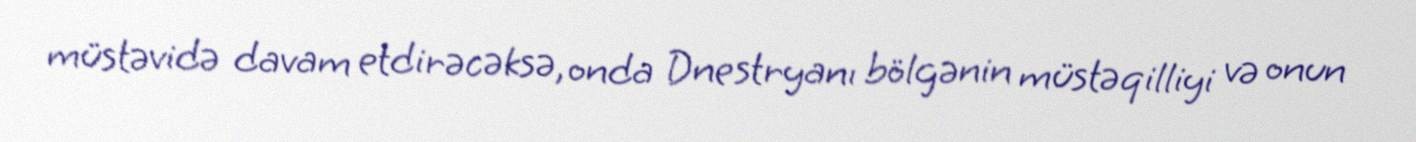
müstəvidə davam etdirəcəksə, onda Dnestryanı bölgənin müstəqilliyi və onun